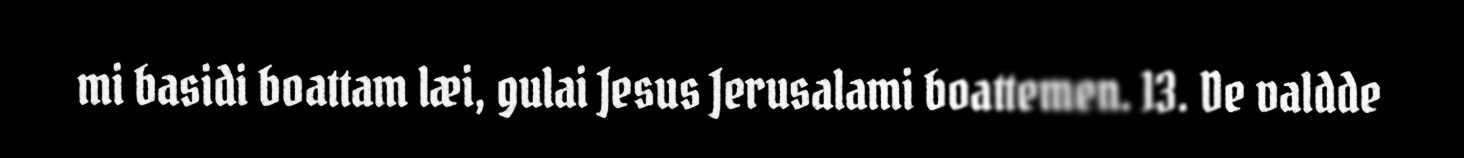
mi basidi boattam læi, gulai Jesus Jerusalami boattemen. 13. De valdde